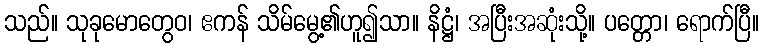
သည်။ သုခုမောတွေဝ၊ ဧကန် သိမ်မွေ့၏ဟူ၍သာ။ နိဋ္ဌံ၊ အပြီးအဆုံးသို့။ ပတ္တော၊ ရောက်ပြီ။